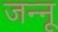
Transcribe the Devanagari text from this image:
जन्नू